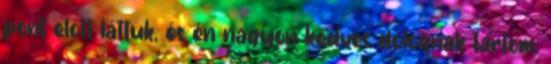
pont előtt láttuk, és én nagyon kedves dolognak tartom.